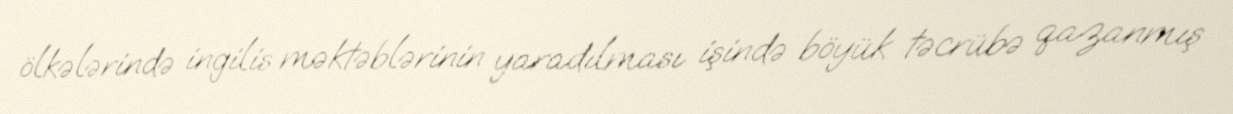
ölkələrində ingilis məktəblərinin yaradılması işində böyük təcrübə qazanmış